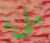
مليء